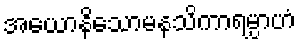
အယောနိသောမနသိကာရမ္ပာဟံ